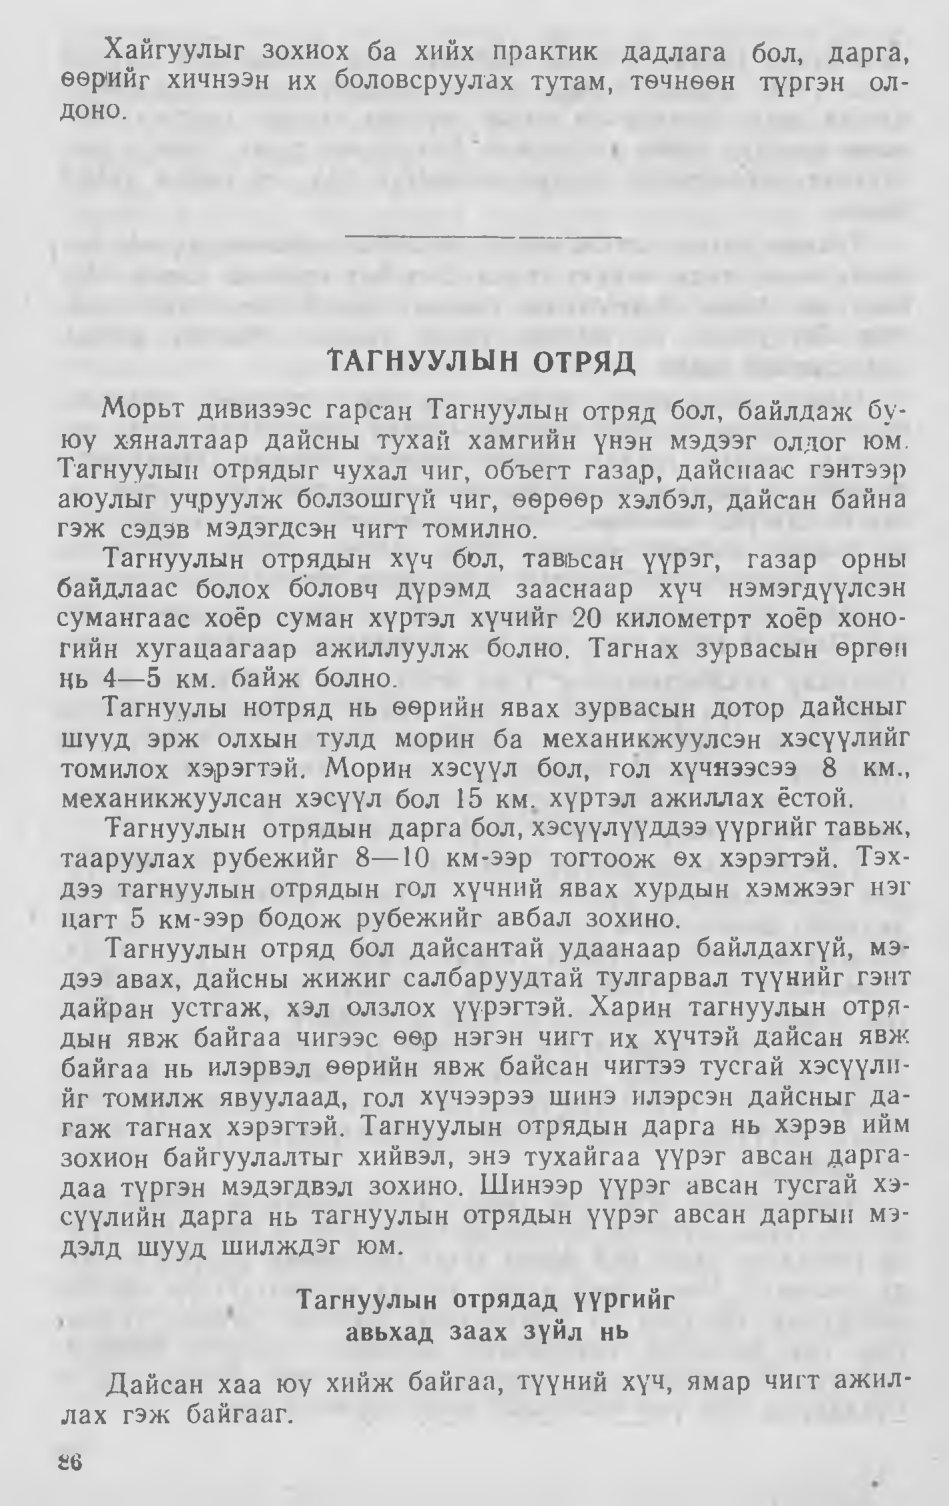
Language: mn